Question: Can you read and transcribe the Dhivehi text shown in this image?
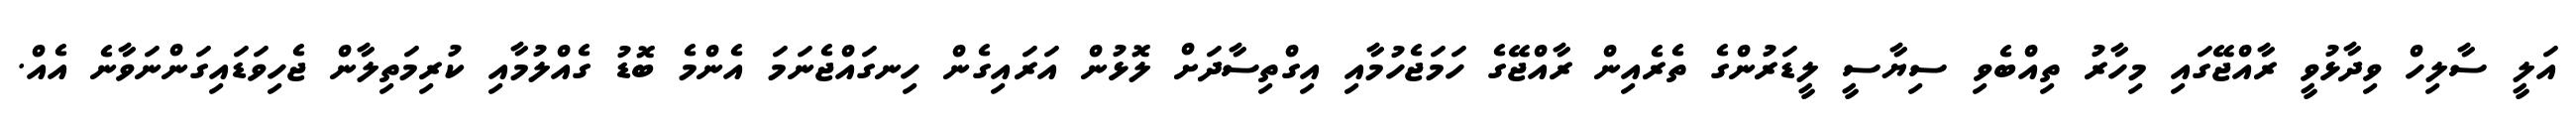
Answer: އަލީ ސާލިހް ވިދާޅުވީ ރާއްޖޭގައި މިހާރު ތިއްބެވި ސިޔާސީ ލީޑަރުންގެ ތެރެއިން ރާއްޖޭގެ ހަމަޖެހުމާއި އިގްތިސާދަށް ލޮޅުން އަރައިގެން ހިނގައްޖެނަމަ އެންމެ ބޮޑު ގެއްލުމާއި ކުރިމަތިލާން ޖެހިވަޑައިގަންނަވާނެ އެއް.